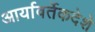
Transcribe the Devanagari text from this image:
आर्यावर्तेकदेशे